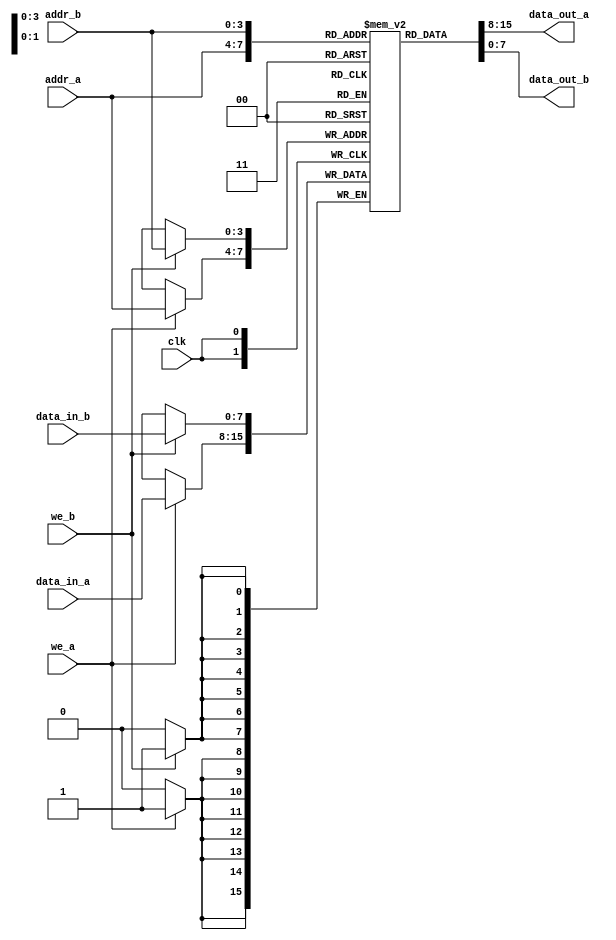
module dual_port_ram #(
    parameter DATA_WIDTH = 8,  // Width of each memory location
    parameter ADDR_WIDTH = 4   // Number of address lines (2^ADDR_WIDTH locations)
)(
    input wire clk,             // Clock signal
    input wire we_a,           // Write enable for Port A
    input wire we_b,           // Write enable for Port B
    input wire [ADDR_WIDTH-1:0] addr_a, // Address for Port A
    input wire [ADDR_WIDTH-1:0] addr_b, // Address for Port B
    input wire [DATA_WIDTH-1:0] data_in_a, // Data input for Port A
    input wire [DATA_WIDTH-1:0] data_in_b, // Data input for Port B
    output reg [DATA_WIDTH-1:0] data_out_a, // Data output for Port A
    output reg [DATA_WIDTH-1:0] data_out_b  // Data output for Port B
);

    // Memory array declaration
    reg [DATA_WIDTH-1:0] ram [(2**ADDR_WIDTH)-1:0];

    // Port A: Synchronous write and asynchronous read
    always @(posedge clk) begin
        if (we_a) begin
            ram[addr_a] <= data_in_a; // Write data to RAM on clock edge
        end
    end

    always @(*) begin
        data_out_a = ram[addr_a]; // Asynchronous read for Port A
    end

    // Port B: Synchronous write and asynchronous read
    always @(posedge clk) begin
        if (we_b) begin
            ram[addr_b] <= data_in_b; // Write data to RAM on clock edge
        end
    end

    always @(*) begin
        data_out_b = ram[addr_b]; // Asynchronous read for Port B
    end

endmodule